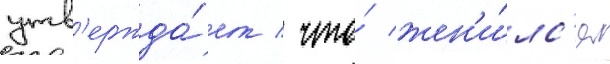
утв'ержда́ет / что́ жен'и́лс'я